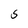
Character: S